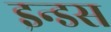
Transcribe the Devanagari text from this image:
इन्‍डस